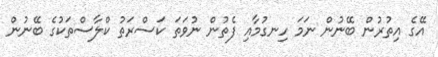
އޭގެ އިތުރުން ބޭނުން ނަމަ ހިނގުމާއި ފެތުން ނުވަތަ ކަސްރަތު ކްލާސްތަކުގެ ބޭނުން